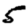
Digit: 5